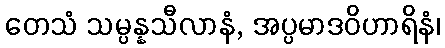
တေသံ သမ္ပန္နသီလာနံ, အပ္ပမာဒဝိဟာရိနံ၊